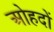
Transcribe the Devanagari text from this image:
अोहदों